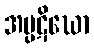
အပ္ပဋိဃော